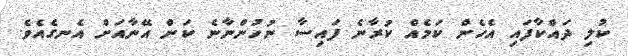
ކުލި ދައްކާފައި އެހެން ކަމެއް ކުރާނެ ފައިސާ ނުހުންނާނެ ކަން އޭނާއަށް އެނގެއެވެ.